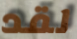
لقد